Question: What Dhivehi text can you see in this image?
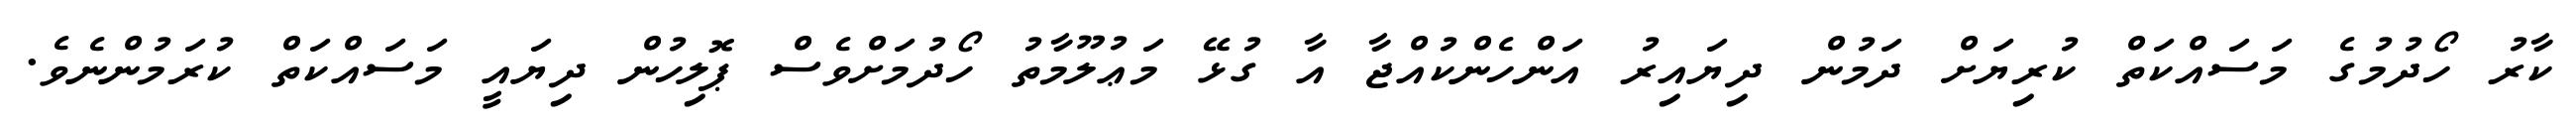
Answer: ކާރު ހޯދުމުގެ މަސައްކަތް ކުރިޔަށް ދަމުން ދިޔައިރު އަންހެންކުއްޖާ އާ ގުޅޭ މަޢުލޫމާތު ހޯދުމަށްވެސް ޕޮލިހުން ދިޔައީ މަސައްކަތް ކުރަމުންނެވެ.